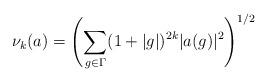
LaTeX: \begin{align*} \nu_k (a) = \left( \sum_{g\in\Gamma} (1+|g|)^{2k} | a(g) |^2 \right)^{1/2} \end{align*}